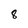
Character: 8